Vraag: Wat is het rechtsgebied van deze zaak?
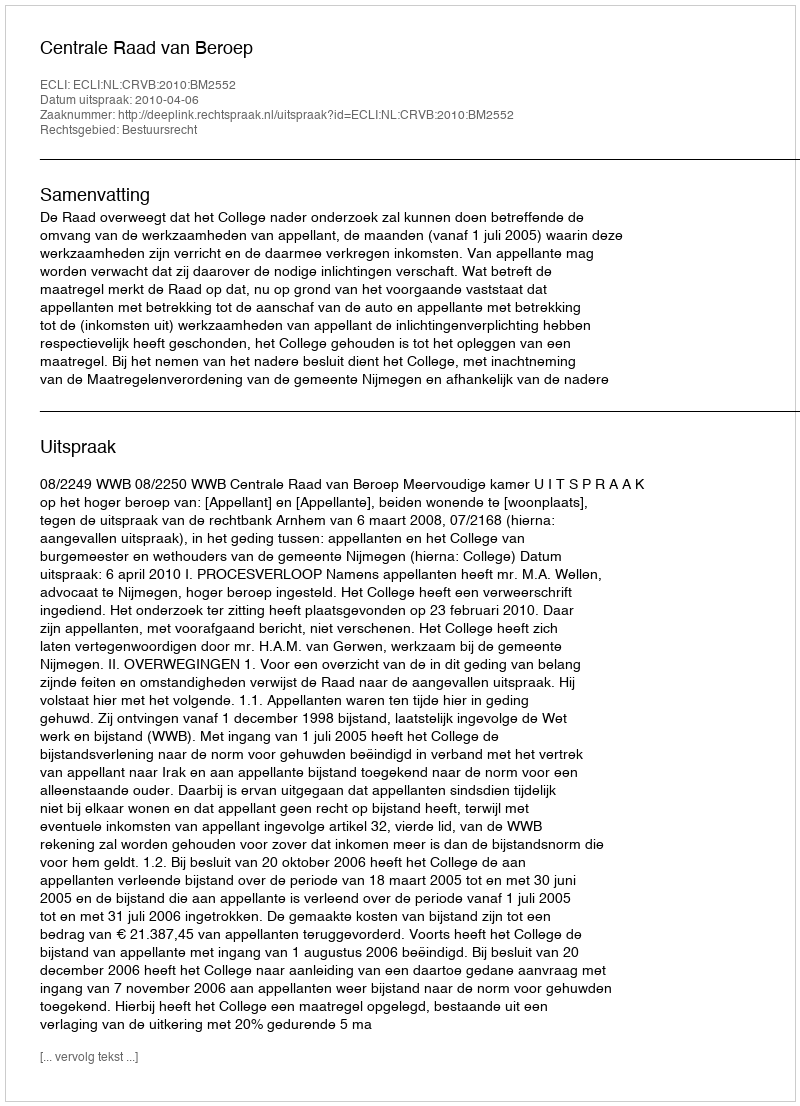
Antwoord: Bestuursrecht